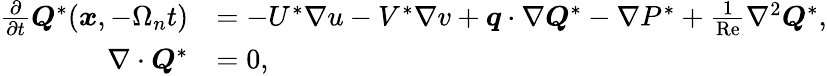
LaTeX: \begin{array}{rl}{\frac{\partial}{\partial t}\boldsymbol{Q}^{*}(\boldsymbol{x},-\Omega_{n}t)}&{=-U^{*}\nabla u-V^{*}\nabla v+\boldsymbol{q}\cdot\nabla\boldsymbol{Q}^{*}-\nabla P^{*}+\frac{1}{\mathrm{Re}}\nabla^{2}\boldsymbol{Q}^{*},}\\ {\nabla\cdot\boldsymbol{Q}^{*}}&{=0,}\end{array}